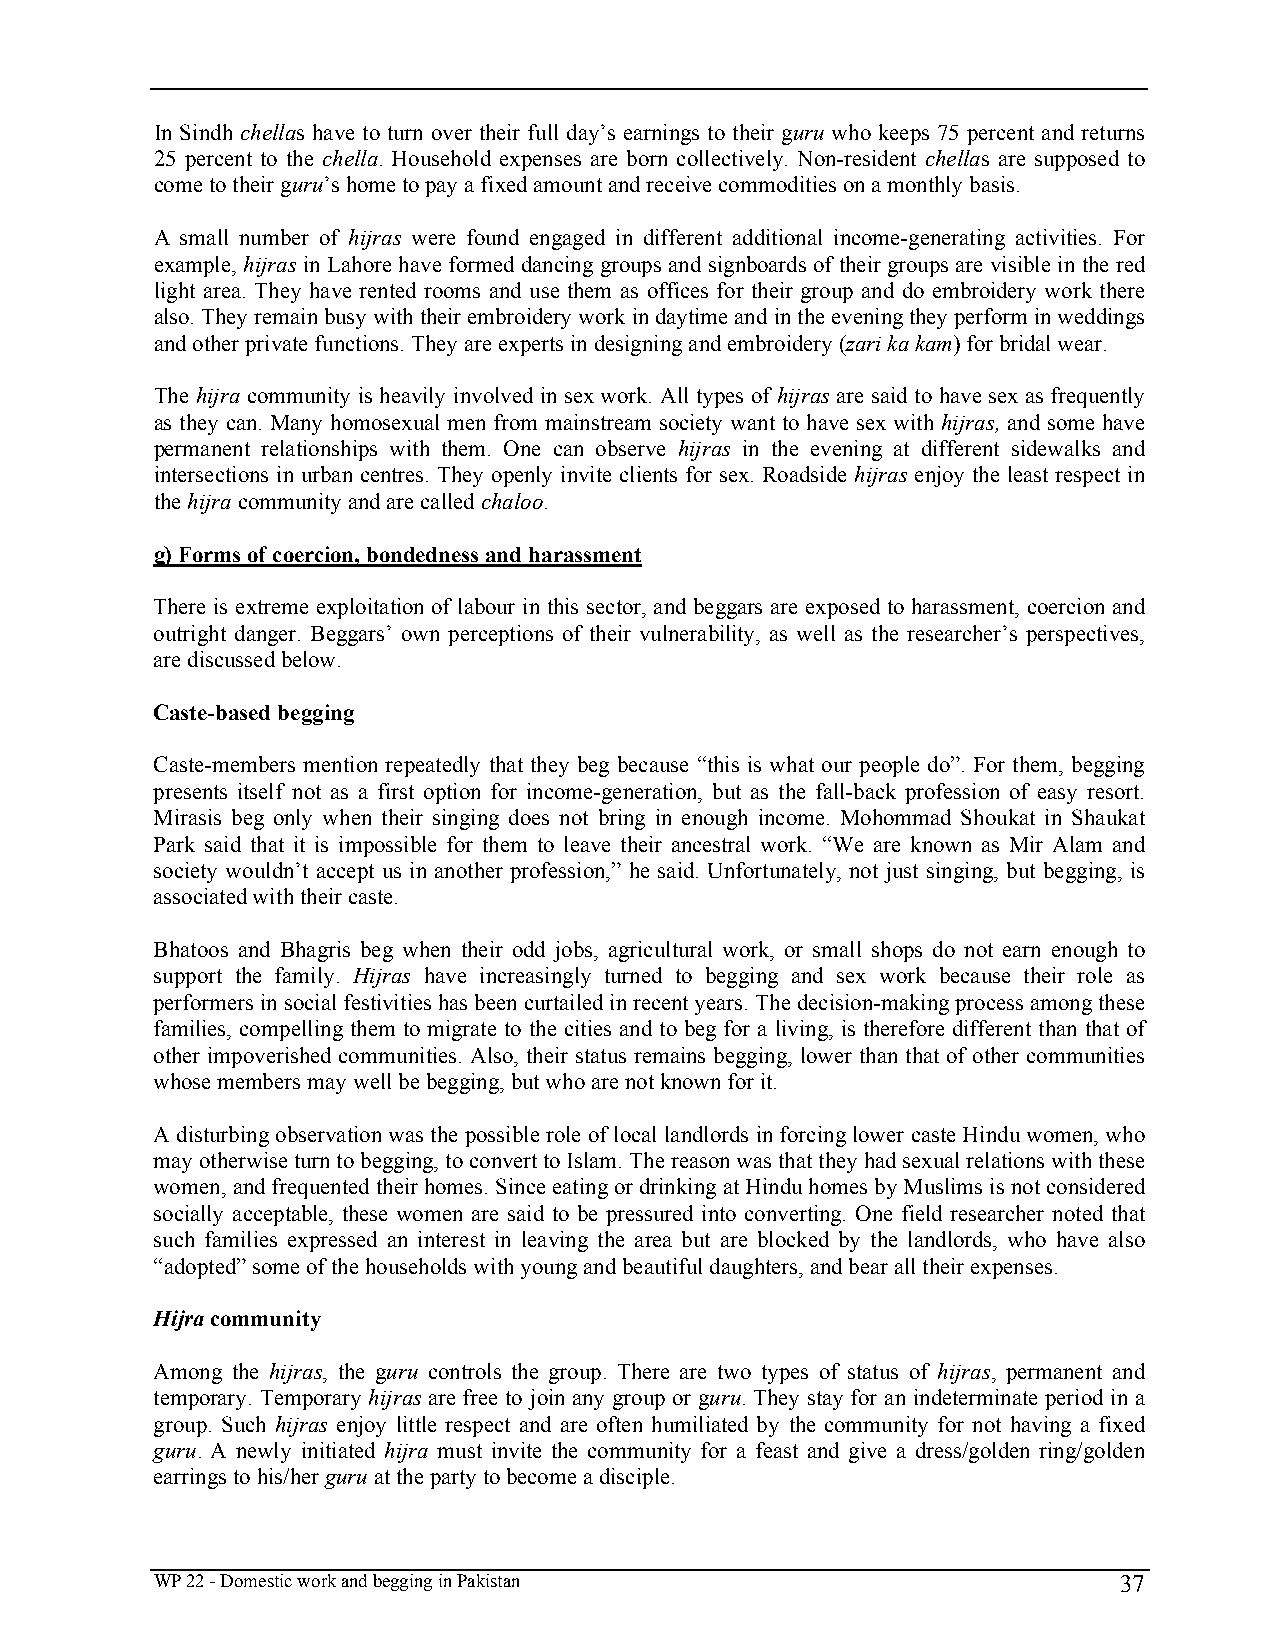
In Sindh chellas have to turn over their full day’s earnings to their guru who keeps 75 percent and returns
 25 percent to the chella. Household expenses are born collectively. Non-resident chellas are supposed to
 come to their guru’s home to pay a fixed amount and receive commodities on a monthly basis.
 A small number of hijras were found engaged in different additional income-generating activities. For
 example, hijras in Lahore have formed dancing groups and signboards of their groups are visible in the red
 light area. They have rented rooms and use them as offices for their group and do embroidery work there
 also. They remain busy with their embroidery work in daytime and in the evening they perform in weddings
 and other private functions. They are experts in designing and embroidery (zari ka kam) for bridal wear.
 The hijra community is heavily involved in sex work. All types of hijras are said to have sex as frequently
 as they can. Many homosexual men from mainstream society want to have sex with hijras, and some have
 permanent relationships with them. One can observe hijras in the evening at different sidewalks and
 intersections in urban centres. They openly invite clients for sex. Roadside hijras enjoy the least respect in
 the hijra community and are called chaloo.
 g) Forms of coercion, bondedness and harassment
 There is extreme exploitation of labour in this sector, and beggars are exposed to harassment, coercion and
 outright danger. Beggars’ own perceptions of their vulnerability, as well as the researcher’s perspectives,
 are discussed below.
 Caste-based begging
 Caste-members mention repeatedly that they beg because “this is what our people do”. For them, begging
 presents itself not as a first option for income-generation, but as the fall-back profession of easy resort.
 Mirasis beg only when their singing does not bring in enough income. Mohommad Shoukat in Shaukat
 Park said that it is impossible for them to leave their ancestral work. “We are known as Mir Alam and
 society wouldn’t accept us in another profession,” he said. Unfortunately, not just singing, but begging, is
 associated with their caste.
 Bhatoos and Bhagris beg when their odd jobs, agricultural work, or small shops do not earn enough to
 support the family. Hijras have increasingly turned to begging and sex work because their role as
 performers in social festivities has been curtailed in recent years. The decision-making process among these
 families, compelling them to migrate to the cities and to beg for a living, is therefore different than that of
 other impoverished communities. Also, their status remains begging, lower than that of other communities
 whose members may well be begging, but who are not known for it.
 A disturbing observation was the possible role of local landlords in forcing lower caste Hindu women, who
 may otherwise turn to begging, to convert to Islam. The reason was that they had sexual relations with these
 women, and frequented their homes. Since eating or drinking at Hindu homes by Muslims is not considered
 socially acceptable, these women are said to be pressured into converting. One field researcher noted that
 such families expressed an interest in leaving the area but are blocked by the landlords, who have also
 “adopted” some of the households with young and beautiful daughters, and bear all their expenses.
 Hijra community
 Among the hijras, the guru controls the group. There are two types of status of hijras, permanent and
 temporary. Temporary hijras are free to join any group or guru. They stay for an indeterminate period in a
 group. Such hijras enjoy little respect and are often humiliated by the community for not having a fixed
 guru. A newly initiated hijra must invite the community for a feast and give a dress/golden ring/golden
 earrings to his/her guru at the party to become a disciple.
 WP 22 - Domestic work and begging in Pakistan                   37